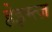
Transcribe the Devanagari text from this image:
हेइम्त्ज़